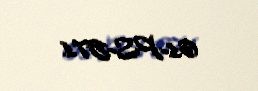
61-PS-571